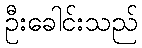
ဦးခေါင်းသည်